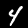
Digit: 4